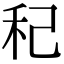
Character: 䄫